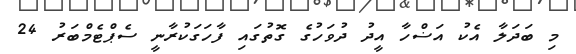
މި ބަދަލާ އެކު އަޟްހާ އީދު ދުވަހުގެ ގޮތުގައި ފާހަގަކުރާނީ ސެޕްޓެމްބަރު 24